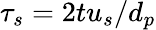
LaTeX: \tau_{s}=2tu_{s}/d_{p}